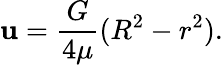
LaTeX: \mathbf{u}={\frac{{G}}{{4\mu}}}(R^{2}-r^{2}).